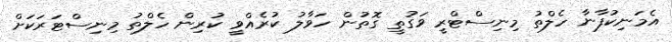
އެމަނިކުފާނާ ހެލްތު މިނިސްޓްރީ ވަގުތީ ގޮތުން ހަވާލު ކުރެއްވީ ކުރިން ހެލްތު މިނިސްޓަރަކަށް